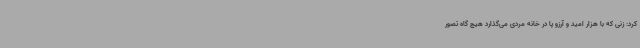
کرد: زنی که با هزار امید و آرزو پا در خانه مردی می‌گذارد هیچ گاه تصور